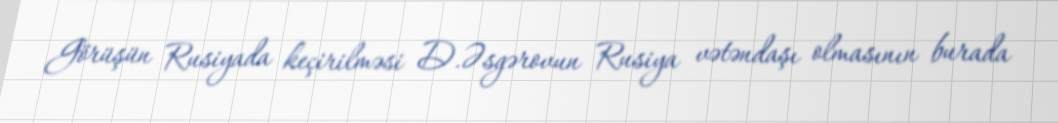
Görüşün Rusiyada keçirilməsi D.Əsgərovun Rusiya vətəndaşı olmasının burada